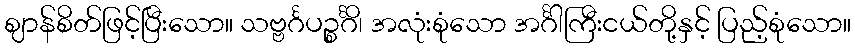
ဈာန်စိတ်ဖြင့်ပြီးသော။ သဗ္ဗင်္ဂပဉ္စင်္ဂိ၊ အလုံးစုံသော အင်္ဂါကြီးငယ်တို့နှင့် ပြည့်စုံသော။